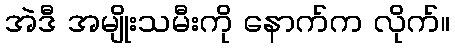
အဲဒီ အမျိုးသမီးကို နောက်က လိုက်။